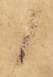
候